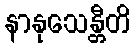
နာနုသေန္တီတိ